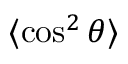
\langle \cos ^ { 2 } \theta \rangle